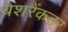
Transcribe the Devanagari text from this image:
बेशरैंकटर